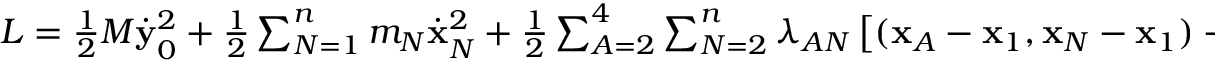
\begin{array} { r } { L = \frac 1 2 M \dot { \bf y } _ { 0 } ^ { 2 } + \frac 1 2 \sum _ { N = 1 } ^ { n } m _ { N } \dot { \bf x } _ { N } ^ { 2 } + \frac 1 2 \sum _ { A = 2 } ^ { 4 } \sum _ { N = 2 } ^ { n } \lambda _ { A N } \left[ ( { \bf x } _ { A } - { \bf x } _ { 1 } , { \bf x } _ { N } - { \bf x } _ { 1 } ) - a _ { A N } \right] , } \end{array}